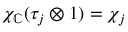
\chi _ { \mathbb { C } } ( \tau _ { j } \otimes 1 ) = \chi _ { j }